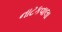
નાટકવાલા